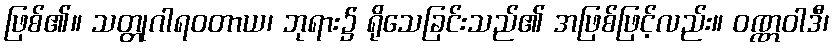
ဖြစ်၏။ သတ္တုဂါရဝတာယ၊ ဘုရား၌ ရိုသေခြင်းသည်၏ အဖြစ်ဖြင့်လည်း။ ဝဏ္ဏဝါဒီ၊